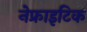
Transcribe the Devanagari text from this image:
नेफ्राइटिक